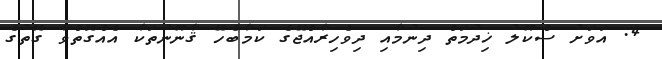
4. އަވަށު ސްކޫލު ޚިދުމަތް ދިނުމާއި ދިވެހިރާއްޖޭގެ ކަމާބެހޭ ޤާނޫނުތަކާ އެއްގޮތްވާ ގޮތުގެ